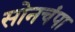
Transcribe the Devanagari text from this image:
सोनचंपा